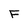
Character: F